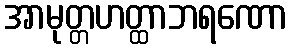
အာမုတ္တဟတ္ထာဘရဏော